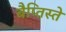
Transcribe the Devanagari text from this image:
बैप्तिस्ते